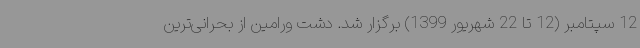
12 سپتامبر (12 تا 22 شهریور 1399) برگزار شد. دشت ورامین از بحرانی‌ترین